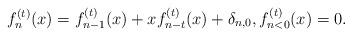
LaTeX: \begin{align*}f^{(t)}_n(x)=f^{(t)}_{n-1}(x)+xf^{(t)}_{n-t}(x)+\delta_{n,0}, f^{(t)}_{n<0}(x)=0.\end{align*}